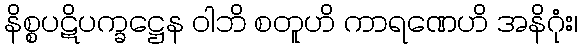
နိစ္စပဋိပက္ခဋ္ဌေန ဝါဘိ စတူဟိ ကာရဏေဟိ အနိဂုံး၊